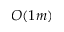
O ( 1 m )